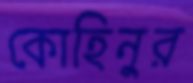
কোহিনুর